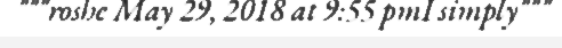
"""roshe May 29, 2018 at 9:55 pmI simply"""